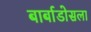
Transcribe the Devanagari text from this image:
बार्बाडोसला